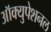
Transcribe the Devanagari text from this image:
ऑक्युपेशनल